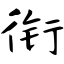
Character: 衔